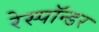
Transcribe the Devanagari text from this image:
रेस्पॉन्डर